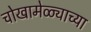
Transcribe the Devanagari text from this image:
चोखामेळ्याच्या